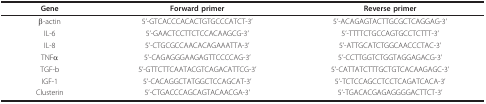
<table><thead><tr><td><b>Gene</b></td><td><b>Forward primer</b></td><td><b>Reverse primer</b></td></tr></thead><tbody><tr><td>β-actin</td><td>5'-GTCACCCACACTGTGCCCATCT-3'</td><td>5'-ACAGAGTACTTGCGCTCAGGAG-3'</td></tr><tr><td>IL-6</td><td>5'-GAACTCCTTCTCCACAAGCG-3'</td><td>5'-TTTTCTGCCAGTGCCTCTTT-3'</td></tr><tr><td>IL-8</td><td>5'-CTGCGCCAACACAGAAATTA-3'</td><td>5'-ATTGCATCTGGCAACCCTAC-3'</td></tr><tr><td>TNFα</td><td>5'-CAGAGGGAAGAGTTCCCCAG-3'</td><td>5'-CCTTGGTCTGGTAGGAGACG-3'</td></tr><tr><td>TGF-b</td><td>5'-GTTCTTCAATACGTCAGACATTCG-3'</td><td>5'-CATTATCTTTGCTGTCACAAGAGC-3'</td></tr><tr><td>IGF-1</td><td>5'-CACAGGCTATGGCTCCAGCAT-3'</td><td>5'-TCTCCAGCCTCCTCAGATCACA-3'</td></tr><tr><td>Clusterin</td><td>5'-CTGACCCAGCAGTACAACGA-3'</td><td>5'-TGACACGAGAGGGGACTTCT-3'</td></tr></tbody></table>